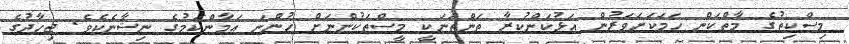
މިސްކިތުގެ މާތްކަން ހަމަކަށަވަރުން އަޅުކަންކުރާ ތަންތަނަކީ މީސްތަކުންނަށް ހުންނަ އަމާންކަމުގެ ނިޝާނެކެވެ. ޖިހާދުގެ